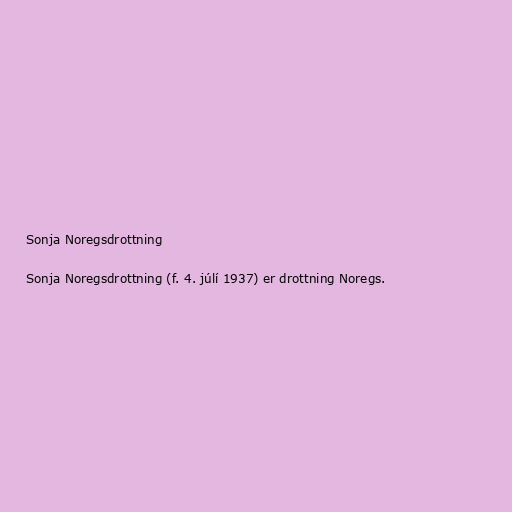
Sonja Noregsdrottning

Sonja Noregsdrottning (f. 4. júlí 1937) er drottning Noregs.